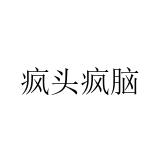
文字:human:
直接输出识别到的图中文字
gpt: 疯头疯脑